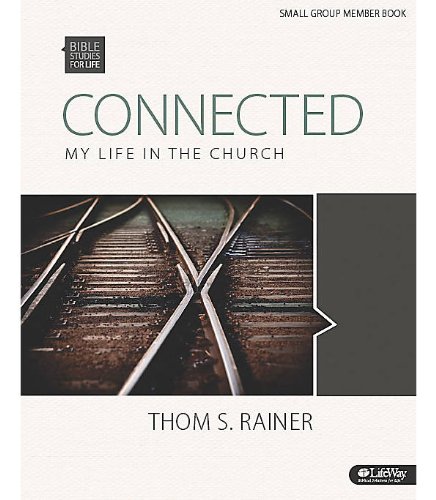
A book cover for Connected: My Life in the Church: Small Group Member Book (Bible Studies for Life); Thom S. Rainer; Christian Books & Bibles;